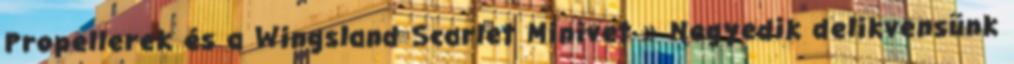
Propellerek és a Wingsland Scarlet Minivet » Negyedik delikvensünk